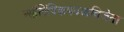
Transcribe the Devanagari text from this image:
ऑलिंपिकपदकविजेता